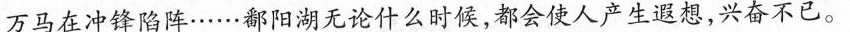
万马在冲锋陷阵……鄱阳湖无论什么时候，都会使人产生遐想，兴奋不已。